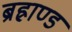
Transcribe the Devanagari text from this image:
ब्रह्राण्ड